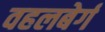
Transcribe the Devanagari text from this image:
वहलबेर्ग